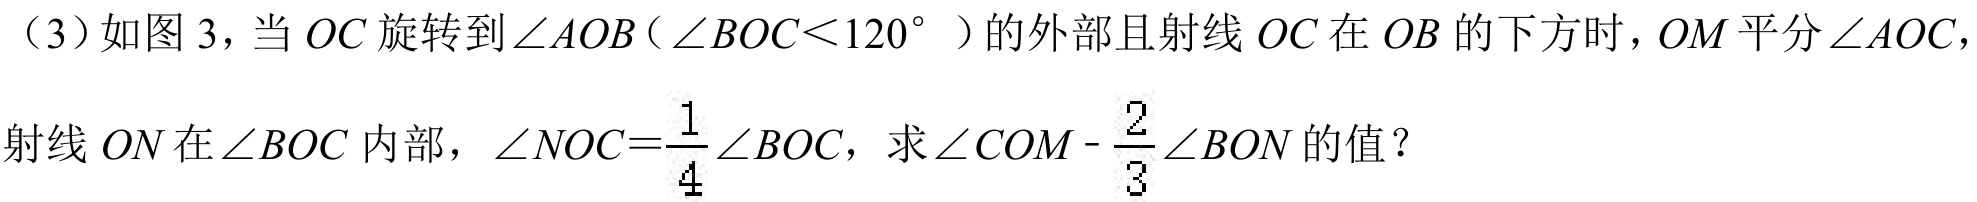
（3）如图 3，当 \(OC\) 旋转到\(\angle AOB\)（\(\angle BOC<120^{\circ}\)）的外部且射线 \(OC\) 在 \(OB\) 的下方时，\(OM\) 平分\(\angle AOC\)，射线 \(ON\) 在\(\angle BOC\) 内部，\(\angle NOC = \frac{1}{4}\angle BOC\)，求\(\angle COM - \frac{2}{3}\angle BON\)的值？